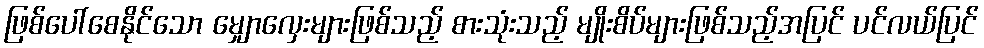
ဖြစ်ပေါ်စေနိုင်သော မျှောလှေးများဖြစ်သည့် စားသုံးသည့် မျိုးစိပ်များဖြစ်သည့်အပြင် ပင်လယ်ပြင်